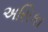
અસિકા